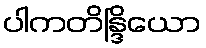
ပါကတိန္ဒြိယော